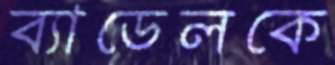
ব্যাডেলকে